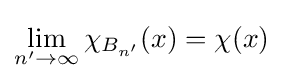
\lim _{n'\to \infty }\chi _{B_{n'}}(x)=\chi (x)